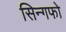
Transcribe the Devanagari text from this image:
सिन्गफो